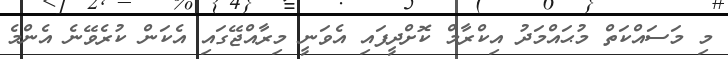
މި މަސައްކަތް މުޙައްމަދު އިކްރާމް ކޮށްދީފައި އެވަނީ މިރާއްޖޭގައި އެކަން ކުރެވޭނެ އެންމެ